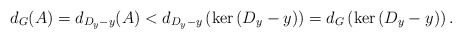
\begin{align*}d_{G}(A)=d_{D_{y}-y}(A)<d_{D_{y}-y}\left( \mathrm{\ker}\left( D_{y}-y\right) \right) =d_{G}\left( \mathrm{\ker}\left( D_{y}-y\right)\right) . \end{align*}